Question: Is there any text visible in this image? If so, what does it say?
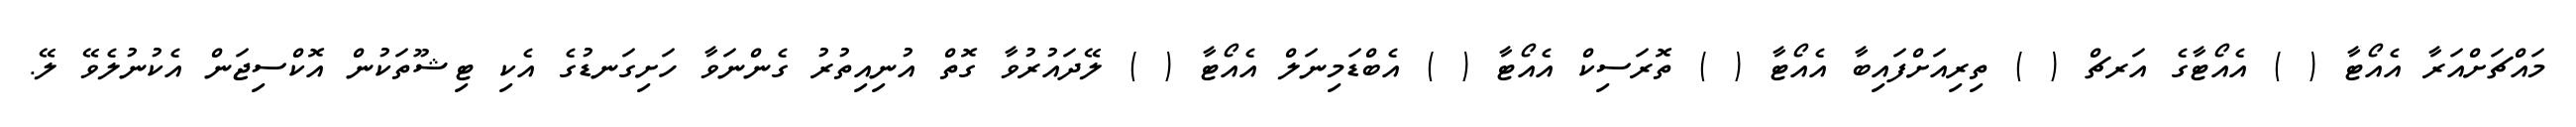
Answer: މައްޗަށްއަރާ އެއޯޓާ ( ) އެއޯޓާގެ އަރޗް ( ) ތިރިއަށްފައިބާ އެއޯޓާ ( ) ތޮރަސިކް އެއޯޓާ ( ) އެބްޑަމިނަލް އެއޯޓާ ( ) ލޭދައުރުވާ ގޮތް އުނިއިތުރު ގެންނަވާ ހަށިގަނޑުގެ އެކި ޓިޝޫތަކުން އޮކްސިޖަން އެކުނުލެވޭ ލޭ.